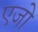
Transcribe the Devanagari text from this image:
एजो